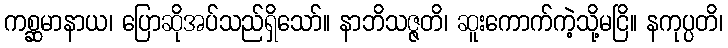
ကစ္ဆမာနာယ၊ ပြောဆိုအပ်သည်ရှိသော်။ နာဘိသဇ္ဇတိ၊ ဆူးကောက်ကဲ့သို့မငြိ။ နကုပ္ပတိ၊